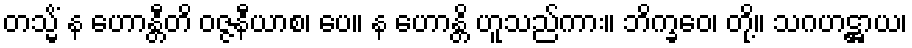
တသ္မိံ န ဟောန္တီတိ ဝဇ္ဇနီယာစ၊ ပေ။ န ဟောန္တိ ဟူသည်ကား။ ဘိက္ခဝေ၊ တို့။ သဂဟဋ္ဌာယ၊